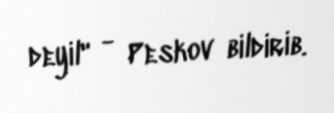
deyil" - Peskov bildirib.